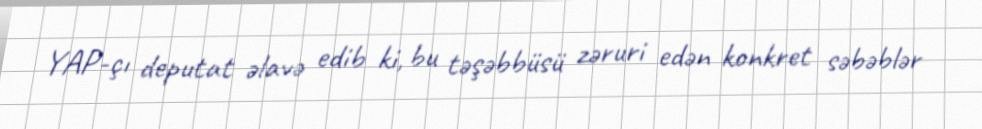
YAP-çı deputat əlavə edib ki, bu təşəbbüsü zəruri edən konkret səbəblər